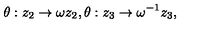
\theta : z _ { 2 } \rightarrow \omega z _ { 2 } , \theta : z _ { 3 } \rightarrow \omega ^ { - 1 } z _ { 3 } ,